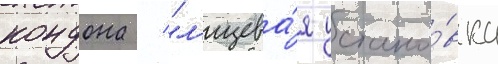
кондона / "л'ицева́я устано́вка